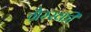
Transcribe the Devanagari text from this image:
ग्रैम्स्की